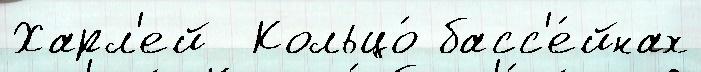
Харл'ей  Кольцо́ басс'е́йнах